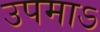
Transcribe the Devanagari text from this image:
उपमाऽ